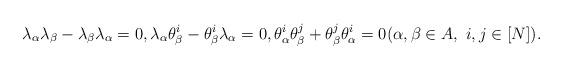
LaTeX: \begin{align*} \lambda_\alpha\lambda_\beta-\lambda_\beta\lambda_\alpha=0, \lambda_\alpha\theta_\beta^i-\theta_\beta^i\lambda_\alpha=0, \theta_\alpha^i\theta_\beta^j+\theta_\beta^j\theta_\alpha^i=0 (\alpha, \beta\in A, \ i, j\in[N]). \end{align*}